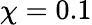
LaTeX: \chi=0.1